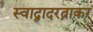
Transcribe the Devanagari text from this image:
स्वाद्वादरत्नाकर